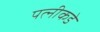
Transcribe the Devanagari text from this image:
पत्‍नीकडे